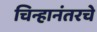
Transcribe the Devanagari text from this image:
चिन्हानंतरचे